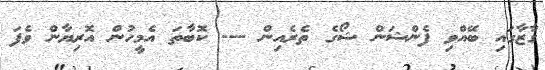
ގާޒާގައި ބޭއްވި ފެންޝަން ޝޯގެ ތެރެއިން --- ކޮބާތަ އެމީހުން އޮރިޔާން ވެފަ